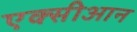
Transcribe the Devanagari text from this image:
एक्सीआन